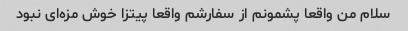
سلام من واقعا پشمونم از سفارشم واقعا پیتزا خوش مزه‌ای نبود